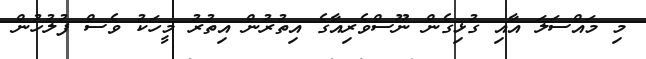
މި މައްސަލަ އާއި ގުޅިގެން ނޫސްވެރިއާގެ އިތުރުން އިތުރު މީހަކު ވެސް ފުލުހުން